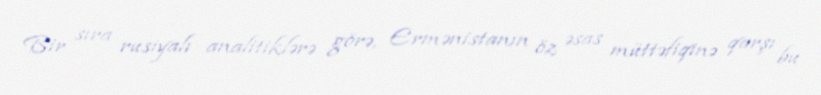
Bir sıra rusiyalı analitiklərə görə, Ermənistanın öz əsas müttəfiqinə qarşı bu